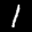
Label: 1